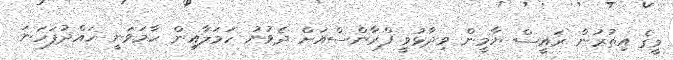
މީގެ އިތުރުން ރައީސް ޔާމީން ވިދާޅުވީ ފްރާންސްއަށް ދެވުނު ހަމަލާއިން ހާމަވަނީ ހައްދުފަހަނަ